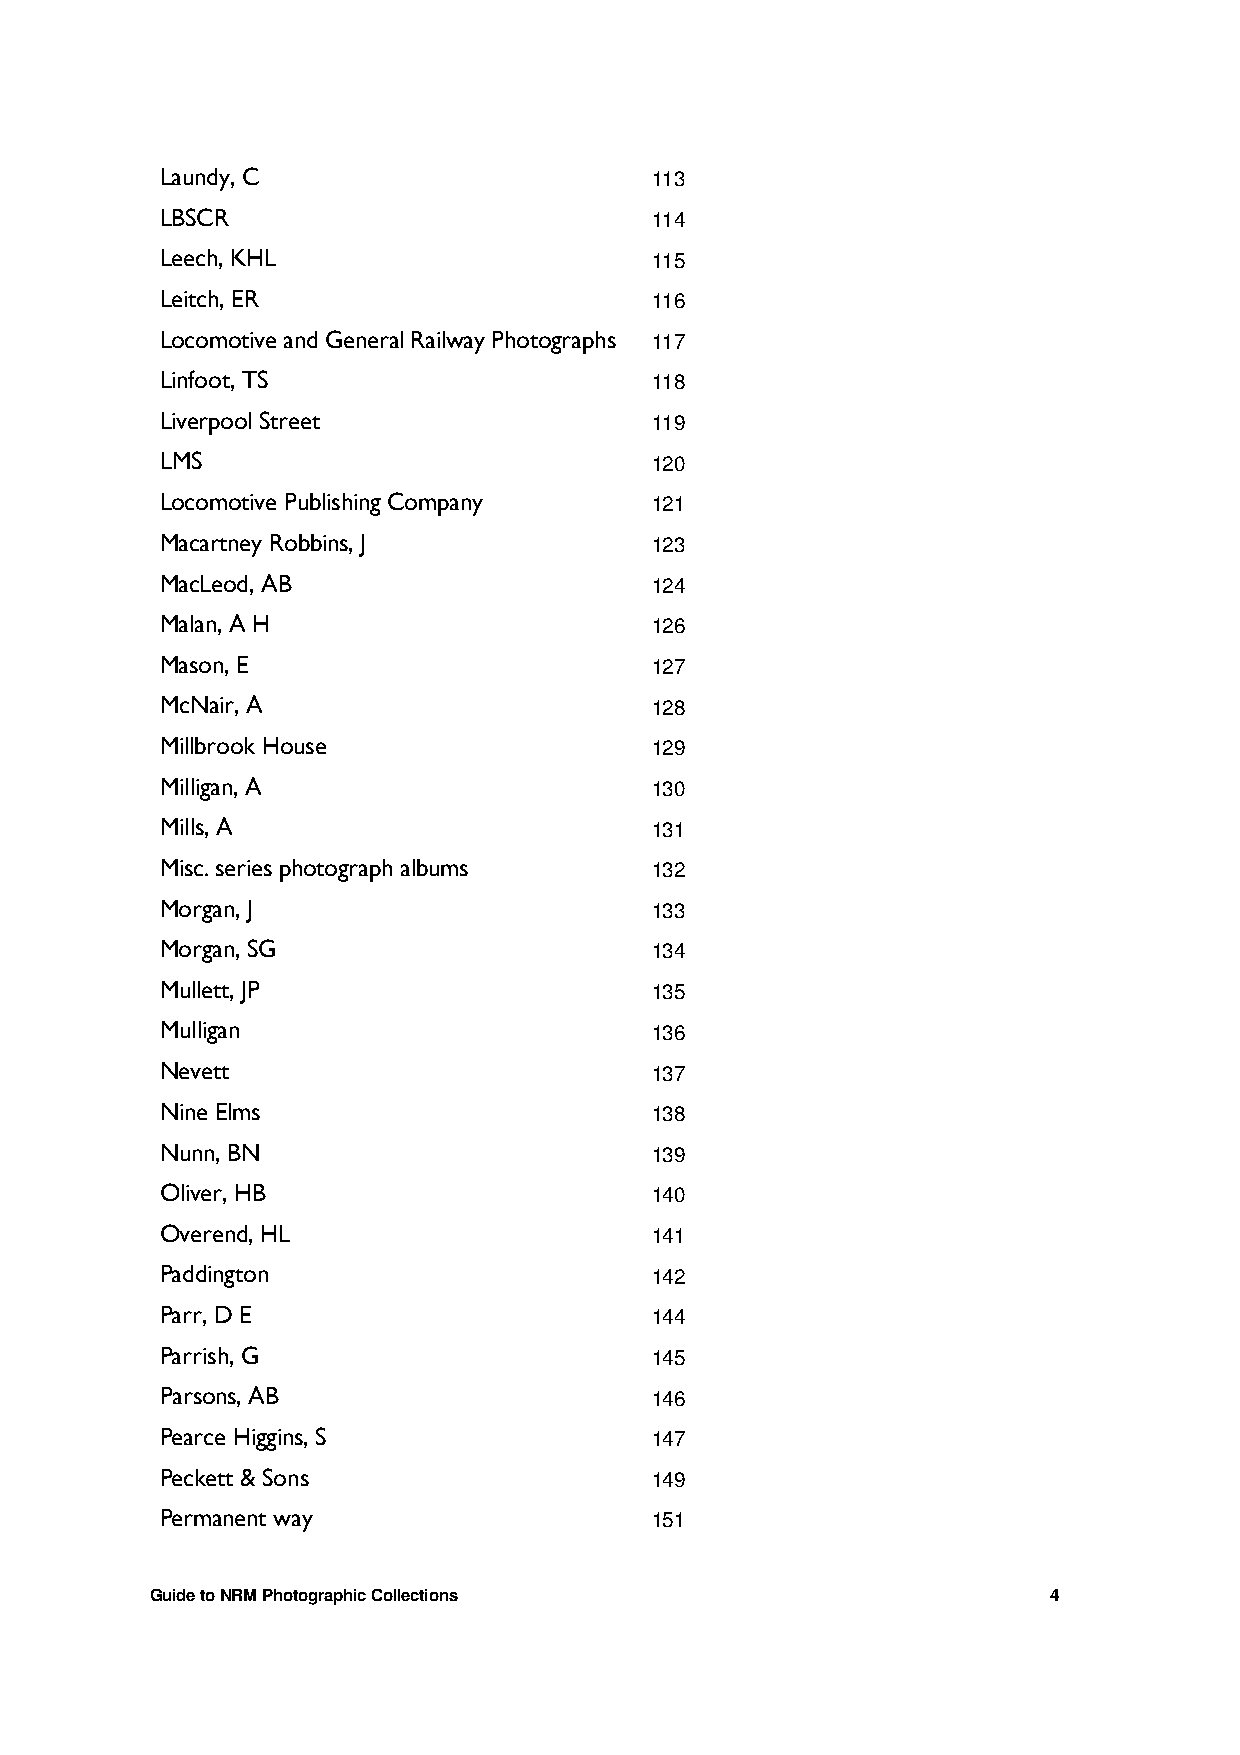
Laundy, C                       113
 LBSCR                           114
 Leech, KHL                      115
 Leitch, ER                      116
 Locomotive and General Railway Photographs 117
 Linfoot, TS                     118
 Liverpool Street                119
 LMS                             120
 Locomotive Publishing Company   121
 Macartney Robbins, J            123
 MacLeod, AB                     124
 Malan, A H                      126
 Mason, E                        127
 McNair, A                       128
 Millbrook House                 129
 Milligan, A                     130
 Mills, A                        131
 Misc. series photograph albums  132
 Morgan, J                       133
 Morgan, SG                      134
 Mullett, JP                     135
 Mulligan                        136
 Nevett                          137
 Nine Elms                       138
 Nunn, BN                        139
 Oliver, HB                      140
 Overend, HL                     141
 Paddington                      142
 Parr, D E                       144
 Parrish, G                      145
 Parsons, AB                     146
 Pearce Higgins, S               147
 Peckett & Sons                  149
 Permanent way                   151
 Guide to NRM Photographic Collections                       4